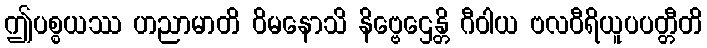
ဤပစ္စယဿ ဟညာမာတိ ဝိမနောသိ နိဗ္ဗေဌေန္တိ ဂီဝါယ ဗလဝီရိယူပပတ္တီတိ